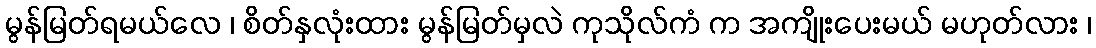
မွန်မြတ်ရမယ်လေ ၊ စိတ်နှလုံးထား မွန်မြတ်မှလဲ ကုသိုလ်ကံ က အကျိုးပေးမယ် မဟုတ်လား ၊